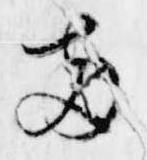
両